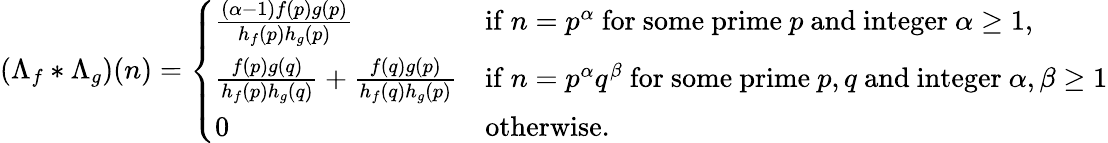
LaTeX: \left(\Lambda_{f}\ast\Lambda_{g}\right)(n)={\left\{ \begin{array}{ll}{\frac{(\alpha-1)f(p)g(p)}{h_{f}(p)h_{g}(p)}}&{{\mathrm{if~}}n=p^{\alpha}{\mathrm{~for~some~prime~}}p{\mathrm{~and~integer~}}\alpha\geq 1,}\\ {\frac{f(p)g(q)}{h_{f}(p)h_{g}(q)}+\frac{f(q)g(p)}{h_{f}(q)h_{g}(p)}}&{{\mathrm{if~}}n=p^{\alpha}q^{\beta}{\mathrm{~for~some~prime~}}p,q{\mathrm{~and~integer~}}\alpha,\beta\geq 1}\\ {0}&{{\mathrm{otherwise.}}}\end{array}\right.}